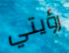
رؤيتي